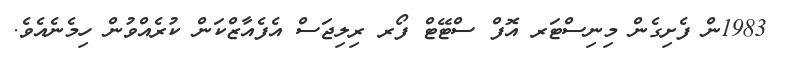
1983ން ފެށިގެން މިނިސްޓަރ އޮފް ސްޓޭޓް ފޯރ ރިލިޖަސް އެފެއާޒްކަން ކުރެއްވުން ހިމެނެއެވެ.